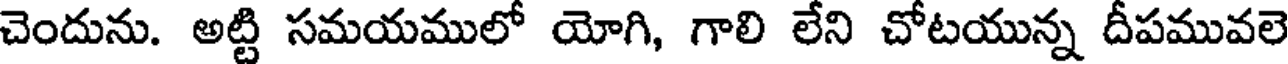
చెందును. అట్టి సమయములో యోగి, గాలి లేని చోటయున్న దీపమువలె